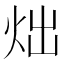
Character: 炪